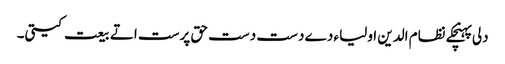
دلی پہنچکے نظام الدین اولیاء دے دست دست حق پرست اتے بیعت کیتی۔